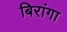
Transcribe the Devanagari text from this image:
बिरांगा